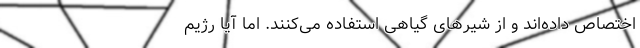
اختصاص داده‌اند و از شیر‌های گیاهی استفاده می‌کنند. اما آیا رژیم